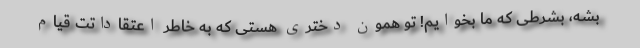
بشه، بشرطی که ما بخوایم! تو همون دختری هستی که به خاطر اعتقاداتت قیام